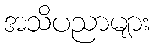
အသိပညာများ